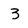
Character: 3